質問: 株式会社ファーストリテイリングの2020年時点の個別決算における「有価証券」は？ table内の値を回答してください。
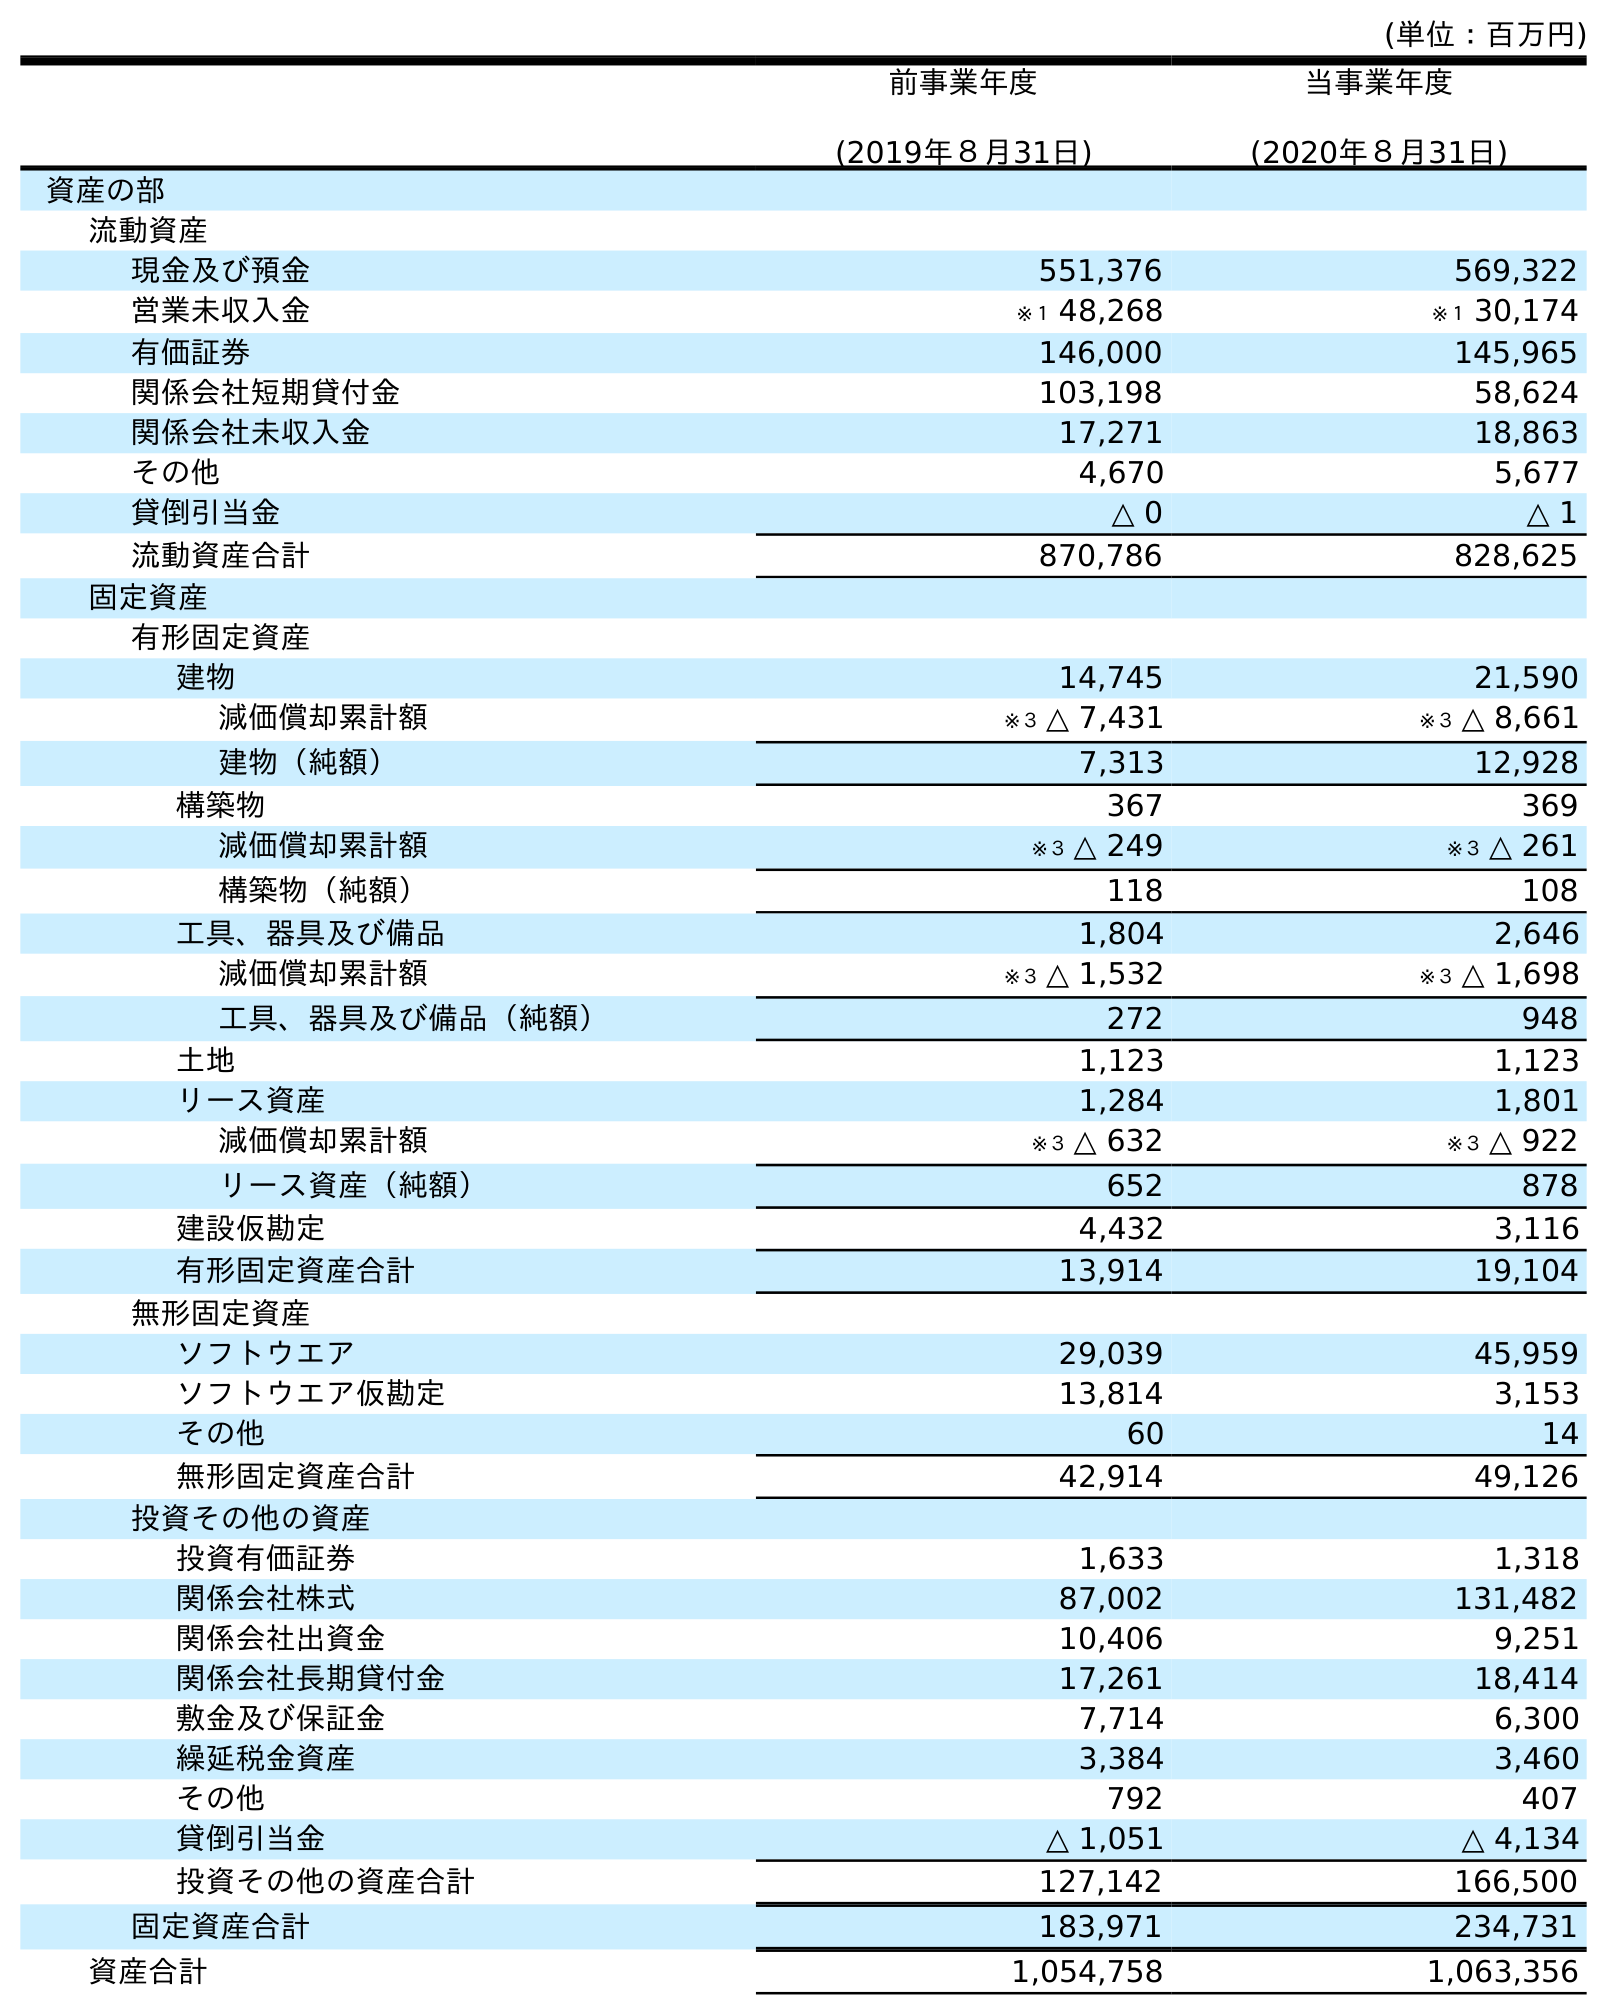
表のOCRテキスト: (単位：百万円) 前事業年度 (2019年８月31日) 当事業年度 (2020年８月31日) 資産の部 流動資産 現金及び預金 551,376 569,322 営業未収入金 ※１ 48,268 ※１ 30,174 有価証券 146,000 145,965 関係会社短期貸付金 103,198 58,624 関係会社未収入金 17,271 18,863 その他 4,670 5,677 貸倒引当金 △ 0 △ 1 流動資産合計 870,786 828,625 固定資産 有形固定資産 建物 14,745 21,590 減価償却累計額 ※３ △ 7,431 ※３ △ 8,661 建物（純額） 7,313 12,928 構築物 367 369 減価償却累計額 ※３ △ 249 ※３ △ 261 構築物（純額） 118 108 工具、器具及び備品 1,804 2,646 減価償却累計額 ※３ △ 1,532 ※３ △ 1,698 工具、器具及び備品（純額） 272 948 土地 1,123 1,123 リース資産 1,284 1,801 減価償却累計額 ※３ △ 632 ※３ △ 922 リース資産（純額） 652 878 建設仮勘定 4,432 3,116 有形固定資産合計 13,914 19,104 無形固定資産 ソフトウエア 29,039 45,959 ソフトウエア仮勘定 13,814 3,153 その他 60 14 無形固定資産合計 42,914 49,126 投資その他の資産 投資有価証券 1,633 1,318 関係会社株式 87,002 131,482 関係会社出資金 10,406 9,251 関係会社長期貸付金 17,261 18,414 敷金及び保証金 7,714 6,300 繰延税金資産 3,384 3,460 その他 792 407 貸倒引当金 △ 1,051 △ 4,134 投資その他の資産合計 127,142 166,500 固定資産合計 183,971 234,731 資産合計 1,054,758 1,063,356
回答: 145,965